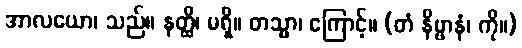
အာလယော၊ သည်။ နတ္ထိ၊ မရှိ။ တသ္မာ၊ ကြောင့်။ (တံ နိဗ္ဗာနံ၊ ကို။)